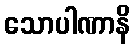
သောပါဏာနိ